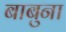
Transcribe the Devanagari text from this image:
बाबुना